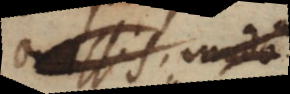
omissis, modo